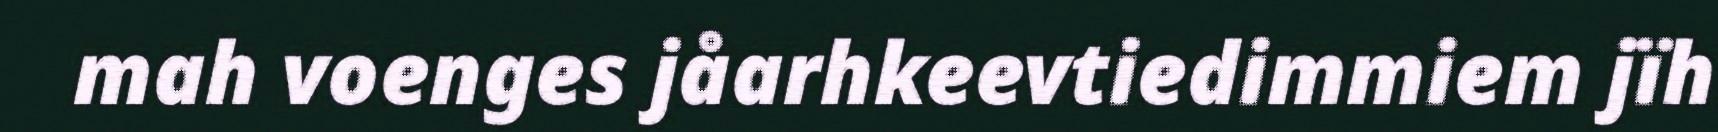
mah voenges jåarhkeevtiedimmiem jïh